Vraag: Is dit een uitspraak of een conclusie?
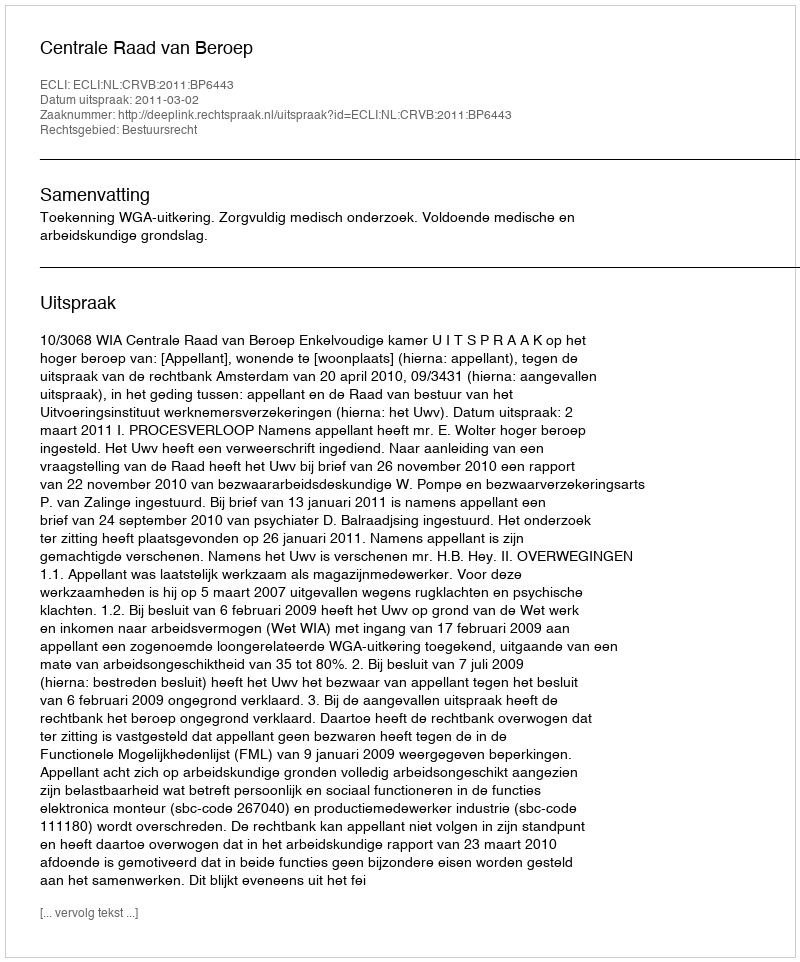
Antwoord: Uitspraak